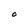
Character: O